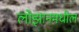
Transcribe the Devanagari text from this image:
लोझानमधील